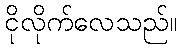
ငိုလိုက်လေသည်။